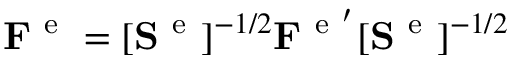
\begin{array} { r } { \mathbf { F } ^ { \mathrm { ~ e ~ } } = [ \mathbf { S } ^ { \mathrm { ~ e ~ } } ] ^ { - 1 / 2 } \mathbf { F } ^ { \mathrm { ~ e ~ } ^ { \prime } } [ \mathbf { S } ^ { \mathrm { ~ e ~ } } ] ^ { - 1 / 2 } } \end{array}